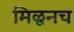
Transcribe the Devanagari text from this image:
मिळूनच